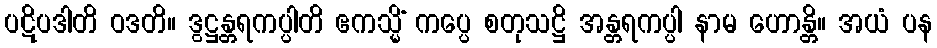
ပဋိပဒါတိ ဝဒတိ။ ဒွဋ္ဌန္တရကပ္ပါတိ ဧကသ္မိံ ကပ္ပေ စတုသဋ္ဌိ အန္တရကပ္ပါ နာမ ဟောန္တိ။ အယံ ပန